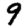
Digit: 9